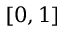
[ 0 , 1 ]